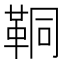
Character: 𩊗